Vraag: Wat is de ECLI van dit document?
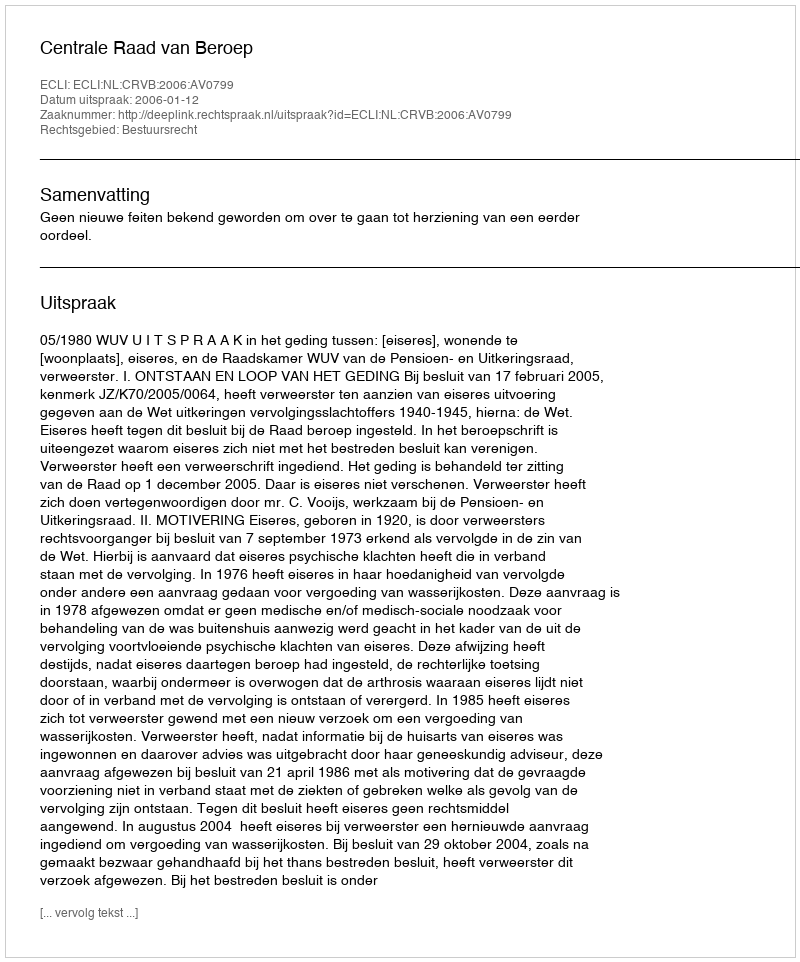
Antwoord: ECLI:NL:CRVB:2006:AV0799